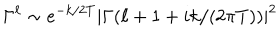
\Gamma ^ { \ell } \sim e ^ { - k / 2 T } | \Gamma ( \ell + 1 + i k / ( 2 \pi T ) ) | ^ { 2 }